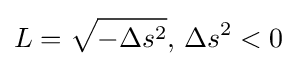
L={\sqrt {-\Delta s^{2}}},\,\Delta s^{2}<0